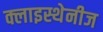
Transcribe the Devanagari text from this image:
क्लाइस्थेनीज